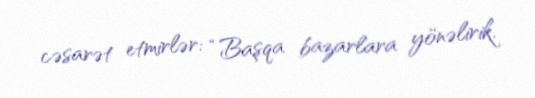
cəsarət etmirlər: “Başqa bazarlara yönəlirik.